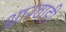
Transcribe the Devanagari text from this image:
धारवाडी